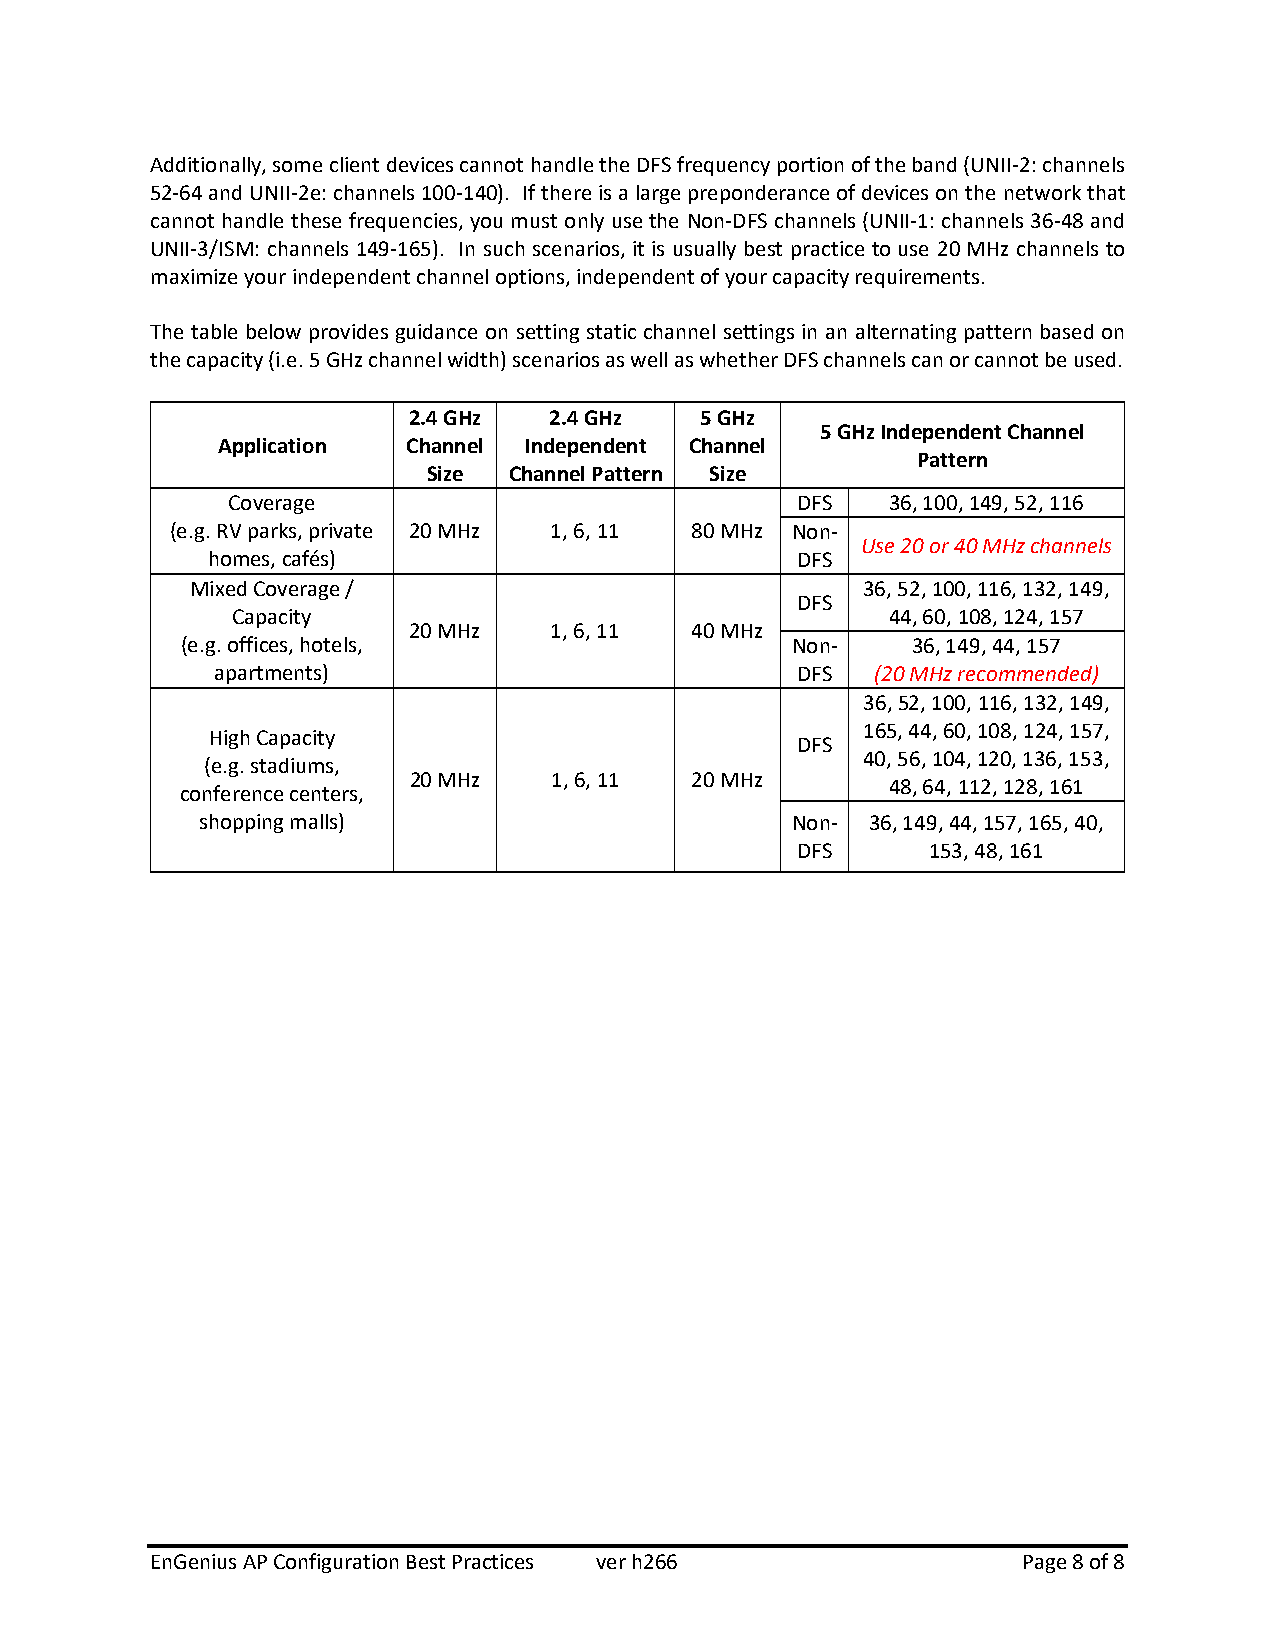
Additionally, some client devices cannot handle the DFS frequency portion of the band (UNII-2: channels
 52-64 and UNII-2e: channels 100-140). If there is a large preponderance of devices on the network that
 cannot handle these frequencies, you must only use the Non-DFS channels (UNII-1: channels 36-48 and
 UNII-3/ISM: channels 149-165). In such scenarios, it is usually best practice to use 20 MHz channels to
 maximize your independent channel options, independent of your capacity requirements.
 The table below provides guidance on setting static channel settings in an alternating pattern based on
 the capacity (i.e. 5 GHz channel width) scenarios as well as whether DFS channels can or cannot be used.
 2.4 GHz  2.4 GHz   5 GHz
 5 GHz Independent Channel
 Application  Channel Independent Channel
 Pattern
 Size  Channel Pattern Size
 Coverage                              DFS   36, 100, 149, 52, 116
 (e.g. RV parks, private 20 MHz 1, 6, 11 80 MHz Non-
 Use 20 or 40 MHz channels
 homes, cafés)                          DFS
 Mixed Coverage /                            36, 52, 100, 116, 132, 149,
 DFS
 Capacity                                    44, 60, 108, 124, 157
 20 MHz    1, 6, 11 40 MHz
 (e.g. offices, hotels,                  Non-    36, 149, 44, 157
 apartments)                            DFS  (20 MHz recommended)
 36, 52, 100, 116, 132, 149,
 165, 44, 60, 108, 124, 157,
 High Capacity
 DFS
 40, 56, 104, 120, 136, 153,
 (e.g. stadiums,
 20 MHz    1, 6, 11 20 MHz
 48, 64, 112, 128, 161
 conference centers,
 shopping malls)                        Non-  36, 149, 44, 157, 165, 40,
 DFS      153, 48, 161
 EnGenius AP Configuration Best Practices ver h266         Page 8 of 8